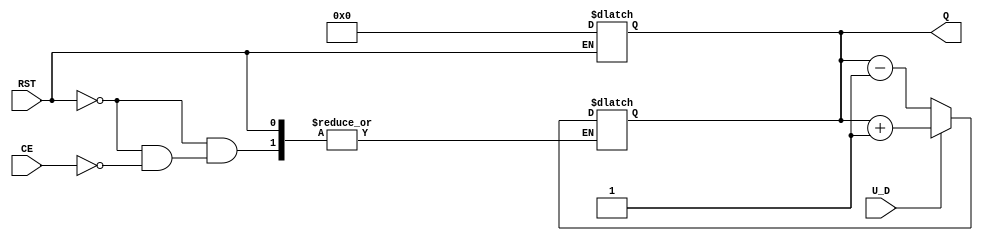
module UpDownCounter #(
    parameter N = 4  // Number of bits in the counter
)(
    input wire U_D,    // Up/Down control signal
    input wire CE,     // Count Enable
    input wire RST,    // Asynchronous Reset
    output reg [N-1:0] Q  // Count value output
);

// Asynchronous Reset: if RST is high, reset Q to 0
always @(*) begin
    if (RST) begin
        Q = 0;
    end
end

// Count operation based on control signals
always @(U_D or CE) begin
    if (!RST) begin // Only operate if reset is not active
        if (CE) begin
            if (U_D) begin
                // Count Up
                Q = Q + 1; // Increment the counter
            end else begin
                // Count Down
                Q = Q - 1; // Decrement the counter
            end
        end
    end
end

endmodule